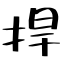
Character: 捍